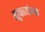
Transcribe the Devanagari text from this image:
बहुकार्यात्‍मक